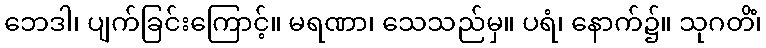
ဘေဒါ၊ ပျက်ခြင်းကြောင့်။ မရဏာ၊ သေသည်မှ။ ပရံ၊ နောက်၌။ သုဂတိံ၊